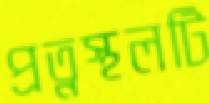
প্রত্নস্থলটি